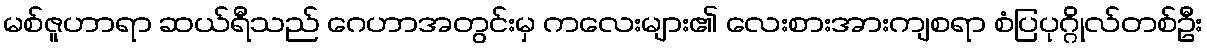
မစ်ဇူဟာရာ ဆယ်ရီသည် ဂေဟာအတွင်းမှ ကလေးများ၏ လေးစားအားကျစရာ စံပြပုဂ္ဂိုလ်တစ်ဦး